Senior Leaving Certificate Examination (including Day School Certificate (Higher) General paper), 1949
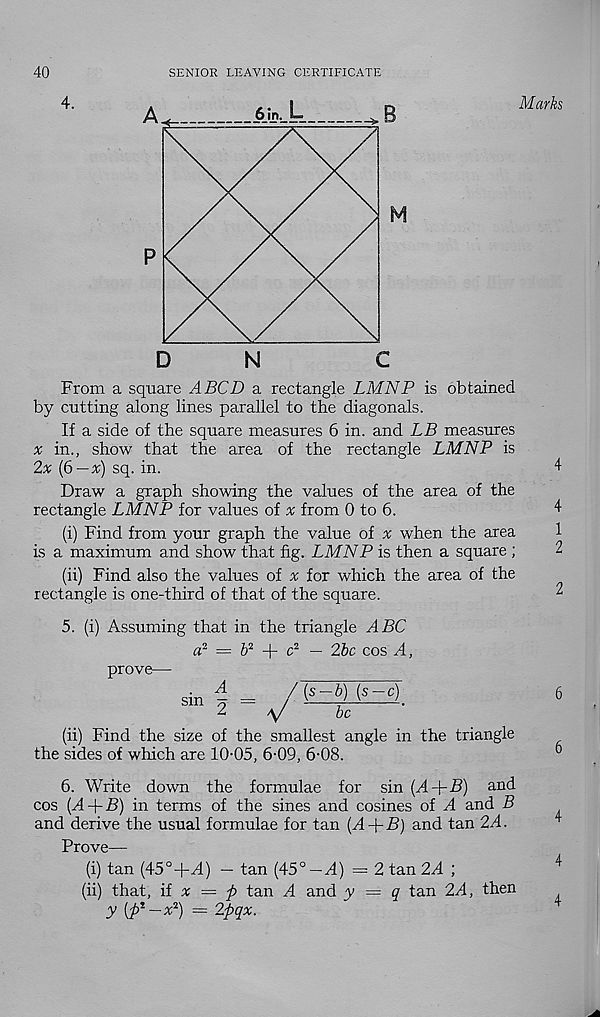
40
SENIOR LEAVING CERTIFICATE
Marks
From a square A BCD a rectangle LMNP is obtained
by cutting along lines parallel to the diagonals.
If a side of the square measures 6 in. and LB measures
% in., show that the area of the rectangle LMNP is
2^ (6 — ^) sq. in.
4
Draw a graph showing the values of the area of the
rectangle LMNP for values of v from 0 to 6.
4
(i) Find from your graph the value of ir when the area
1
is a maximum and show that fig. LMNP is then a square ;
2
(ii) Find also the values of % for which the area of the
rectangle is one-third of that of the square.
2
5. (i) Assuming that in the triangle ABC
a 2 = & 2 + c 2 — 26c cos A,
prove—
sin 4 =
,/(s-6) (s-cT
2
be
'
(ii) Find the size of the smallest angle in the triangle
the sides of which are 10-05, 6-09, 6-08.
6. Write down the formulae for sin (A+-6) an< 4
cos (A-\-B) in terms of the sines and cosines of A and B
and derive the usual formulae for tan (A-{-B) and tan 2A.
Prove—
(i) tan (45 0 -)-A) — tan (45°—A) — 2 tan 2A ;
(ii) that, ii x = p tan A and y — q tan 2A, then
y [jf—x 2 ) = 2pqx.
6
6
4
4
4